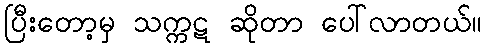
ပြီးတော့မှ သက္ကဋ ဆိုတာ ပေါ်လာတယ်။